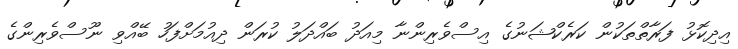
އިދިކޮޅު ފަރާތްތަކުން ކަރެކްޝަނުގެ އިސްވެރިންނާ މިއަދު ބައްދަލު ކުރަން ދިއުމަށްފަހު ބޭއްވި ނޫސްވެރިންގެ